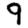
Digit: 9